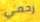
رحمي